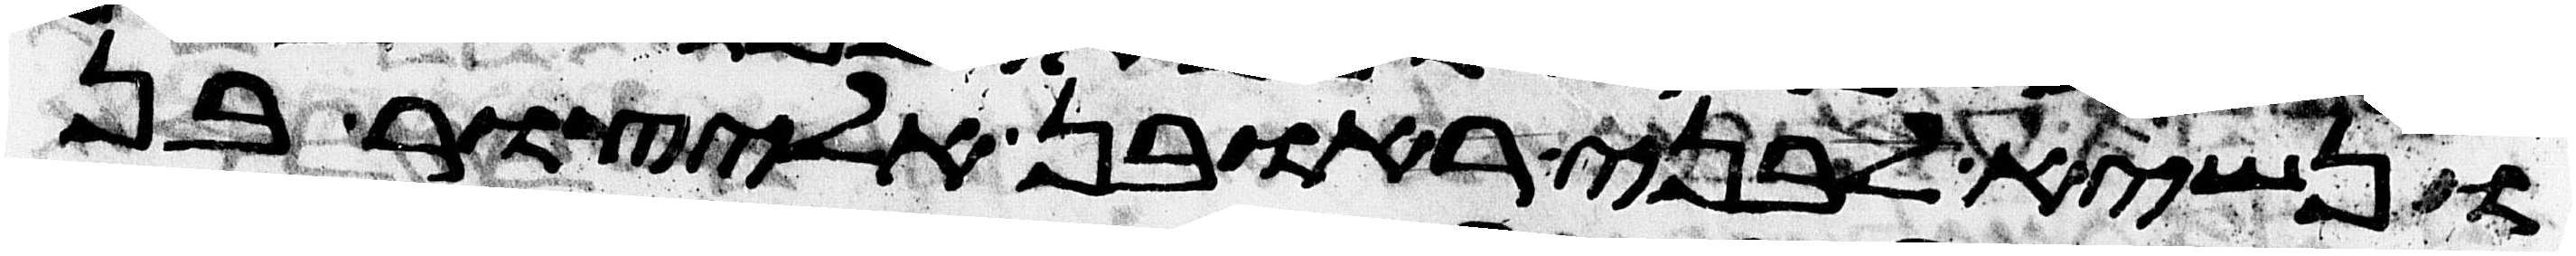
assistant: ונשיא לבני ראובן אליצור בן